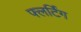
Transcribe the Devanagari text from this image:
फ्लर्टिंग